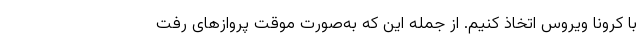
با کرونا ویروس اتخاذ کنیم. از جمله این که به‌صورت موقت پروازهای رفت